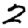
Digit: 2